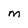
Character: m